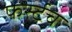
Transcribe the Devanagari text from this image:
फर्स्टच